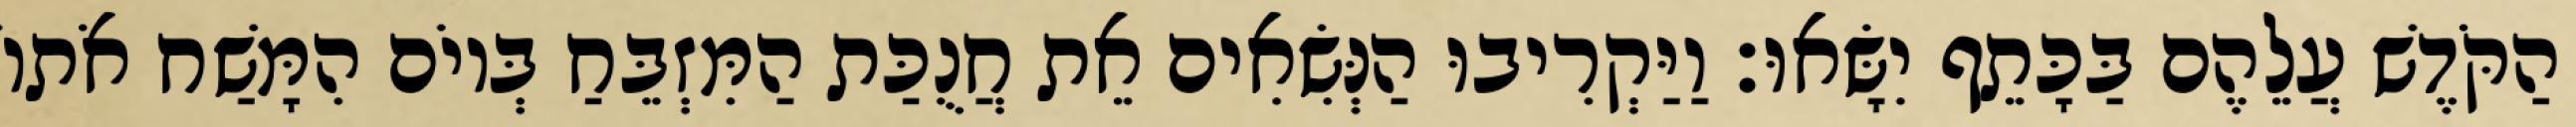
הַקֹּדֶשׁ עֲלֵהֶם בַּכָּתֵף יִשָּׂאוּ׃ וַיַּקְרִיבוּ הַנְּשִׂאִים אֵת חֲנֻכַּת הַמִּזְבֵּחַ בְּיוֹם הִמָּשַׁח אֹתוֹ